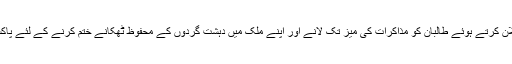
اس کے بعد سے امریکی صدر نے نئی افغان پالیسی کا اعلان کرتے ہوئے طالبان کو مذاکرات کی میز تک لانے اور اپنے ملک میں دہشت گردوں کے محفوظ ٹھکانے ختم کرنے کے لئے پاکستان سے مزید کردار ادا کرنے کا مطالبہ کرتے رہے ہیں۔